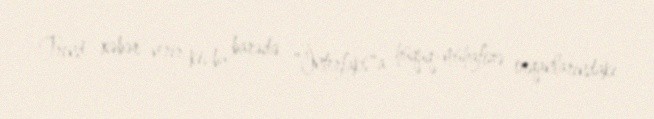
Trend xəbər verir ki, bu barədə "İnterfaks"a hüquq-mühafizə orqanlarındakı